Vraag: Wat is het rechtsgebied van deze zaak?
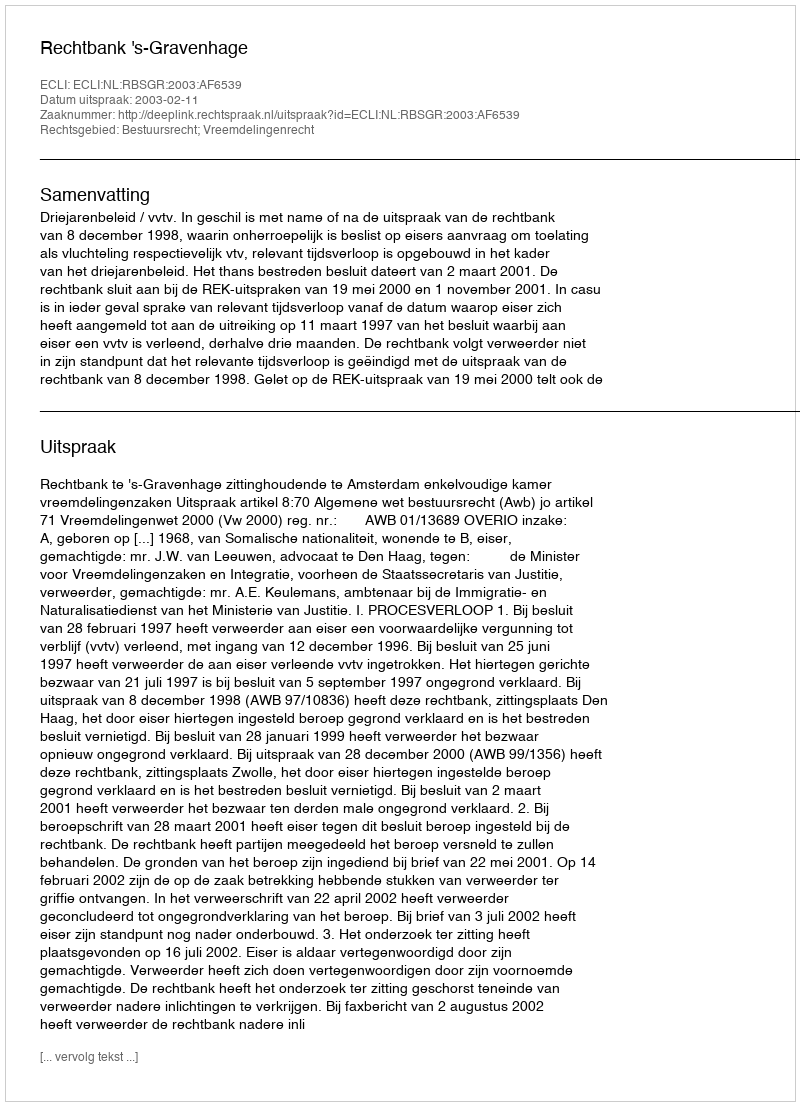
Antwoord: Bestuursrecht; Vreemdelingenrecht